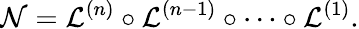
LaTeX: \mathcal{N}=\mathcal{L}^{(n)}\circ\mathcal{L}^{(n-1)}\circ\cdots\circ\mathcal{L}^{(1)}.